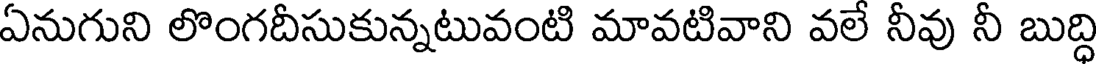
ఏనుగుని లొంగదీసుకున్నటువంటి మావటివాని వలే నీవు నీ బుద్ధి